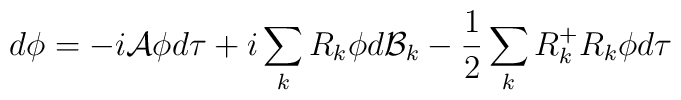
d\phi=-i {\cal A}\phi d\tau +i\sum_{k}R_{k}\phi d{\cal B}_{k}-\frac{1}{2}\sum_{k}R_{k}^{+}R_{k}\phi d\tau